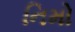
નિમો